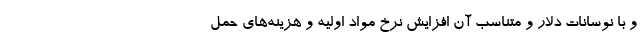
و با نوسانات دلار و متناسب آن افزایش نرخ مواد اولیه و هزینه‌های حمل